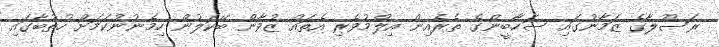
ރަސޫލާގެ ޒަމާނުގައި ސަހާބީންގެ ތެރެއިން އިލްމުވެރި އެތައް ޒުވާން ބޭކަލުން ހިމެނުނުކަމަށް ހުތުބާގައި